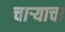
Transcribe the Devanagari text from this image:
चार्‍याचा